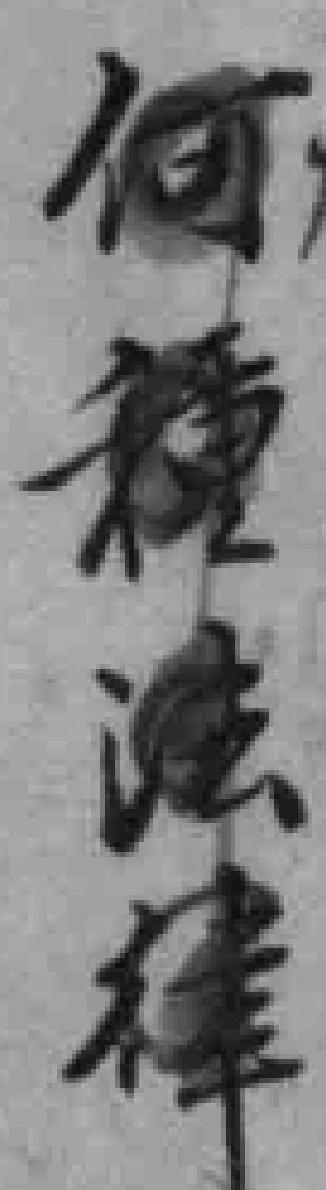
何種法律